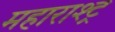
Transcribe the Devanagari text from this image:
महाराश्ट्र